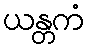
ယန္တကံ